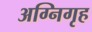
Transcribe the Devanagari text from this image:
अग्निगृह